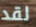
لقد